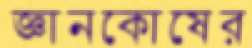
জ্ঞানকোষের